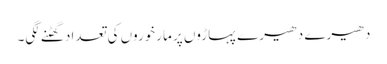
دھیرے دھیرے پہاڑوں پر مارخوروں کی تعداد گھٹنے لگی۔